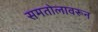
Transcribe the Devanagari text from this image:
समतोलावरून